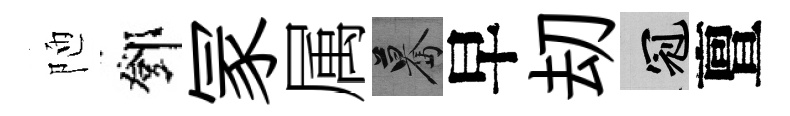
陋鄧冡属驀早刧冠亶